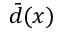
{ \bar { d } } ( x )